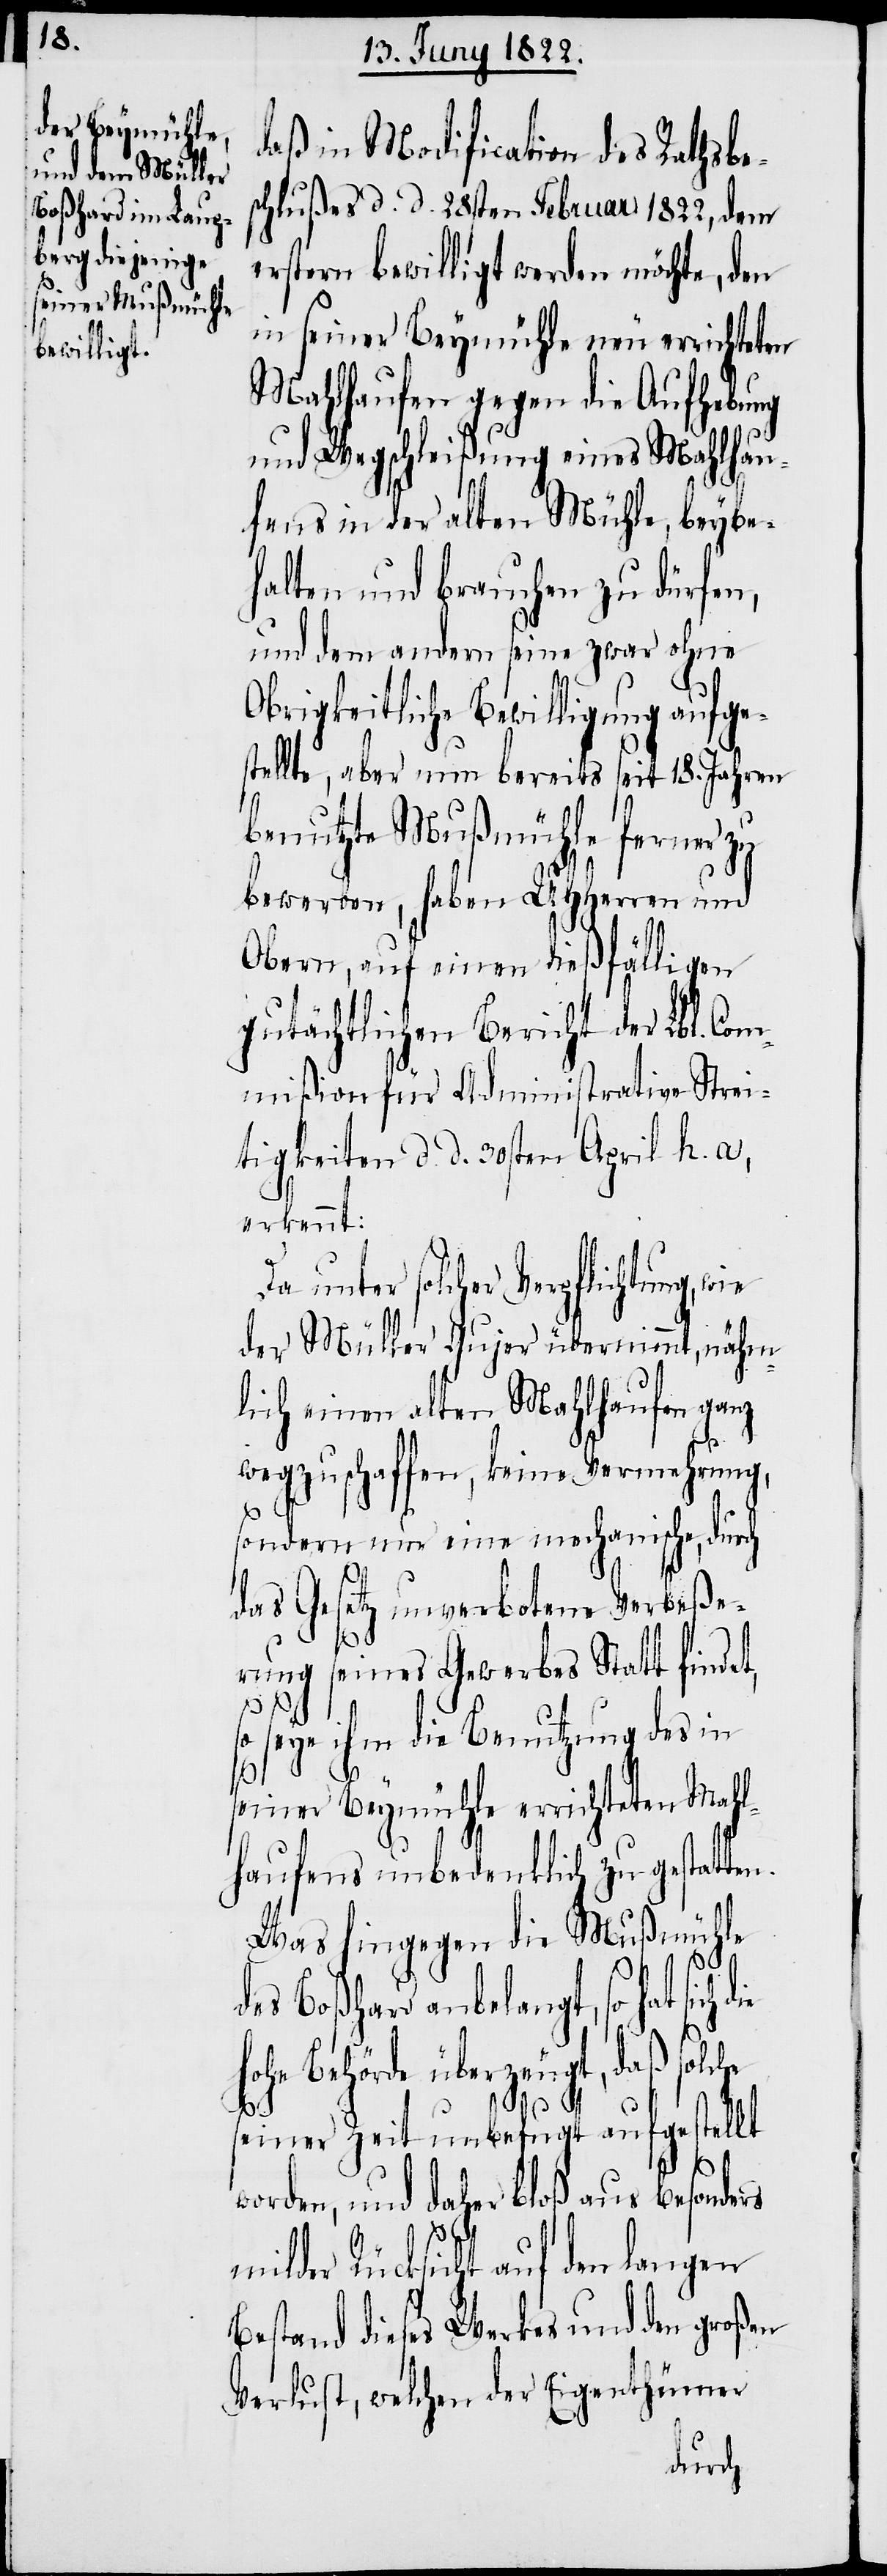
daß in Modification des Rathsbe¬
schlußes d. d. 28sten Februar 1822, dem
erstern bewilligt werden möchte, den
in seiner Beymühle neu errichteten
Mahlhaufen gegen die Aufhebung
und Wegschließung eines Mahlhau¬
fens in der alten Mühle, beybe¬
halten und brauchen zu dürfen,
und dem andern seine zwar ohne
Obrigkeitliche Bewilligung aufge¬
stellte, aber nun bereits seit 18. Jahren
benutzte Mußmühle ferner zu
bewerben, haben UHHerren und
Obern, auf einen dießfälligen
gutächtlichen Bericht der Lbl. Com¬
mißion für Administrative Strei¬
tigkeiten d. d. 30sten April h. a,
erkennt:
Da unter solcher Verpflichtung,
der Müller Gujer übernimmt, nähm¬
lich einen alten Mahlhaufen ganz
wegzuschaffen, keine Vermehrung,
sondern nur eine mechanische, durch
das Gesetz unverbotene Verbeße¬
rung seines Gewerbes Statt findet,
che
so seye ihm die Benutzung des in
seiner Beymühle errichteten Mahl¬
haufens unbedenklich zu gestatte¬
Was hingegen die Mußmühle
des Boßhard anbelangt, so hat
he Behörde überzeugt, daß sol¬
seiner Zeit unbefugt aufgestellt
worden und daher bloß aus besonders
milder Rücksicht auf den langen
Bestand dieses Werkes und den großen
Verlust, welchen der Eigenthümer